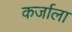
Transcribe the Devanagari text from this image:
कर्जाला